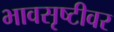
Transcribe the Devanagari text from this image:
भावसृष्टीवर